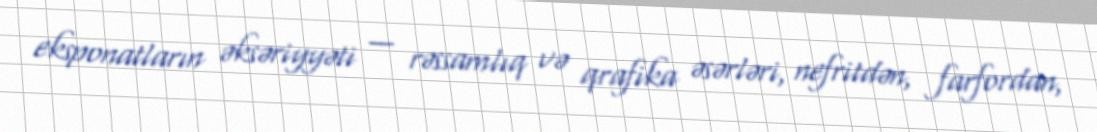
eksponatların əksəriyyəti — rəssamlıq və qrafika əsərləri, nefritdən, farfordan,